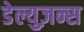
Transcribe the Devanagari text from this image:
डेल्युज़न्स